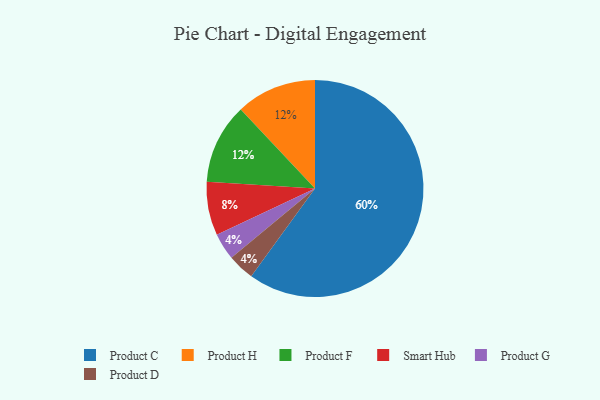
{"axis": {"x": "Category", "y": "Percentage"}, "legend": ["Product C", "Product D", "Product F", "Product G", "Product H", "Smart Hub"], "data": [{"x": "Product H", "y": 12, "type": "Product H"}, {"x": "Product C", "y": 60, "type": "Product C"}, {"x": "Smart Hub", "y": 8, "type": "Smart Hub"}, {"x": "Product G", "y": 4, "type": "Product G"}, {"x": "Product D", "y": 4, "type": "Product D"}, {"x": "Product F", "y": 12, "type": "Product F"}]}